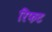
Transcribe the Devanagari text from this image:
रिफट